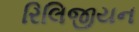
રિલિજીયન